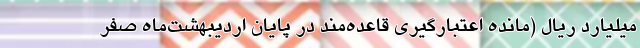
میلیارد ریال (مانده اعتبارگیری قاعده‌مند در پایان اردیبهشت‌ماه صفر